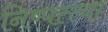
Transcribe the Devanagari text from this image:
निष्पत्त्या